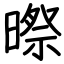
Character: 暩